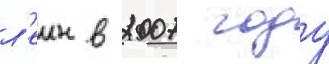
л'еин в 2007 году